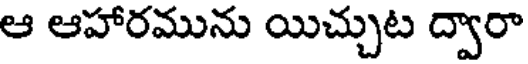
ఆ ఆహారమును యిచ్చుట ద్వారా